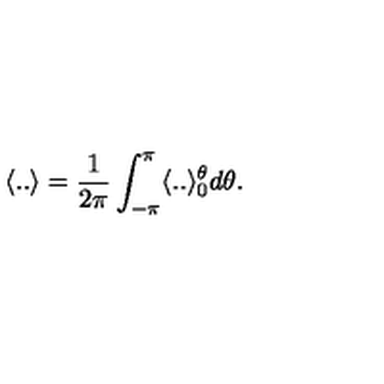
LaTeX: \langle . . \rangle = \frac { 1 } { 2 \pi } \int _ { - \pi } ^ { \pi } \langle . . \rangle _ { 0 } ^ { \theta } d \theta .